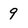
Character: 9